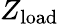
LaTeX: Z_{\mathrm{load}}